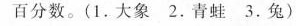
百分数。(1.大象2.青蛙3.兔)